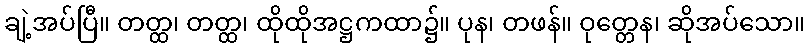
ချဲ့အပ်ပြီ။ တတ္ထ၊ တတ္ထ၊ ထိုထိုအဋ္ဌကထာ၌။ ပုန၊ တဖန်။ ဝုတ္တေန၊ ဆိုအပ်သော။